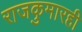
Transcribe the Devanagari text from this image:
राजकुमारही